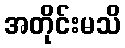
အတိုင်းမသိ